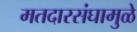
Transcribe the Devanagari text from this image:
मतदारसंघामुळे